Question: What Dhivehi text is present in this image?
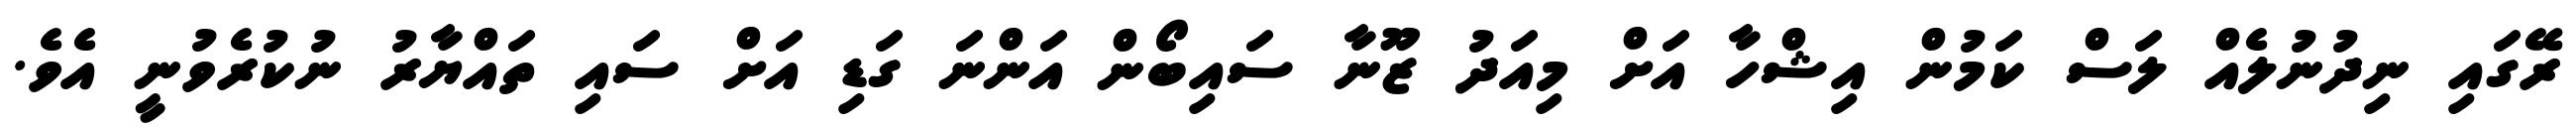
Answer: ރޭގައި ނިދުނުލެއް ލަސް ކަމުން އިޝްހާ އަށް މިއަދު ޒޫނާ ސައިބޯން އަންނަ ގަޑި އަށް ސައި ތައްޔާރު ނުކުރެވުނީ އެވެ.